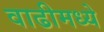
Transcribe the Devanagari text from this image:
वाढीमध्ये